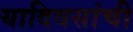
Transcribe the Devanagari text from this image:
यादिवसांची